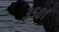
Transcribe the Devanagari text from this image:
३५०१